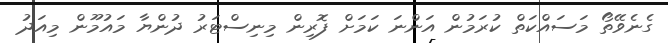
ގެނެވޭތޯ މަސައްކަތް ކުރަމުން އަންނަ ކަމަށް ފޮރިން މިނިސްޓަރު ދުންޔާ މައުމޫން މިއަދު